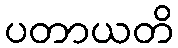
ပတာယတိ